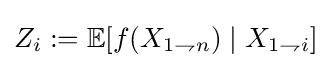
Z_{i}:=\mathbb {E} [f(X_{1\rightharpoondown n})\mid X_{1\rightharpoondown i}]